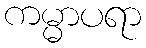
ကမ္မာပရာ